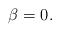
LaTeX: \begin{align*}\beta = 0.\end{align*}